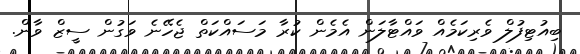
ބިއުޓިފުލް ވެރިކަމެއް ވައްޓާލަން އެމެން ކުރާ މަސައްކަތް ޖެހޭނެ ވަގުން ސީޒް ވާން.